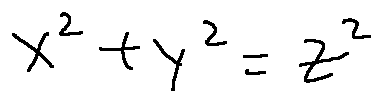
x ^ { 2 } + y ^ { 2 } = z ^ { 2 }